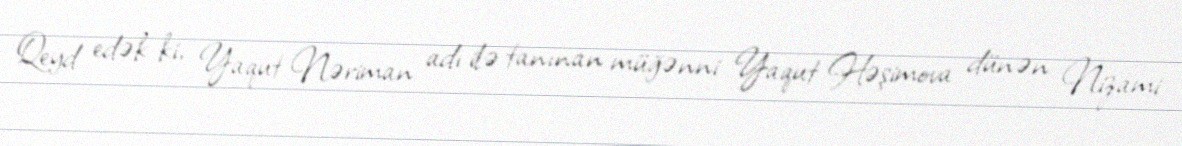
Qeyd edək ki, Yaqut Nəriman adı ilə tanınan müğənni Yaqut Həşimova dünən Nizami